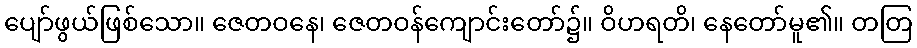
ပျော်ဖွယ်ဖြစ်သော။ ဇေတဝနေ၊ ဇေတဝန်ကျောင်းတော်၌။ ဝိဟရတိ၊ နေတော်မူ၏။ တတြ